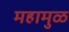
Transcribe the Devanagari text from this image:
महामुळ